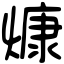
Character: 𤎖